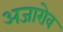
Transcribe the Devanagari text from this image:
अजारोव